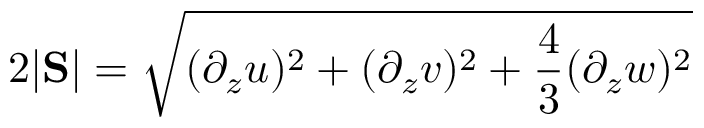
2 | \mathrm { \bf S } | = \sqrt { ( \partial _ { z } u ) ^ { 2 } + ( \partial _ { z } v ) ^ { 2 } + \frac { 4 } { 3 } ( \partial _ { z } w ) ^ { 2 } }